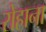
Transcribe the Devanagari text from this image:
रोहाना